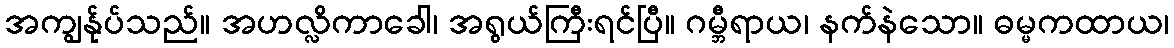
အကျွန်ုပ်သည်။ အဟလ္လိကာခေါ၊ အရွယ်ကြီးရင်ပြီ။ ဂမ္ဘီရာယ၊ နက်နဲသော။ ဓမ္မကထာယ၊